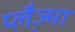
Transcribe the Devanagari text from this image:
प्लैज्म़ा